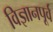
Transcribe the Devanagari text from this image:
विज्ञानपूर्व